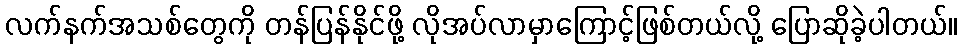
လက်နက်အသစ်တွေကို တန်ပြန်နိုင်ဖို့ လိုအပ်လာမှာကြောင့်ဖြစ်တယ်လို့ ပြောဆိုခဲ့ပါတယ်။